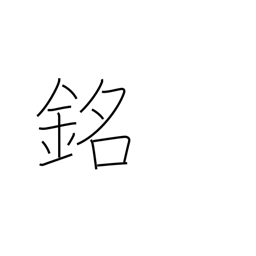
Meaning: inscription